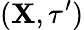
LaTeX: (\mathbf{X},\tau^{\prime})